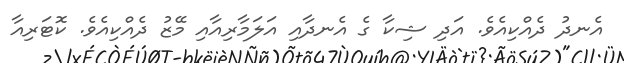
އެނދު ދެއްކިއެވެ. އަދި ޝިކާ ގެ އެނދާއި އަލަމާރިއާއި މޭޒު ދެއްކިއެވެ. ކޮޓަރިއާ